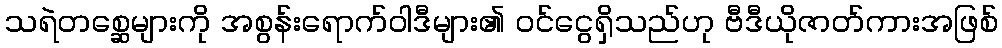
သရဲတစ္ဆေများကို အစွန်းရောက်ဝါဒီများ၏ ဝင်ငွေရှိသည်ဟု ဗီဒီယိုဇာတ်ကားအဖြစ်